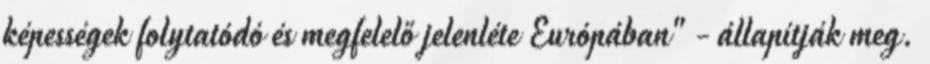
képességek folytatódó és megfelelő jelenléte Európában" - állapítják meg.